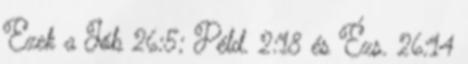
Ezek a Jób 26:5; Péld. 2:18 és Ézs. 26:14